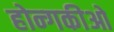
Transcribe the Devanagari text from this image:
होन्गकीओ